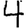
Digit: 4